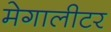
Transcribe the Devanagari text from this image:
मेगालीटर